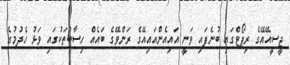
ޖީސީއޭއޭގެ ރިޕޯޓްގައި ބުނެފައި ވަނީ އައިއެންއައިއޭގެ ރަންވޭގެ ބައެއް ހިސާބުތަކުގައި ވަޅު ހެދުމުގެ